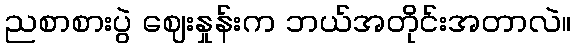
ညစာစားပွဲ ဈေးနှုန်းက ဘယ်အတိုင်းအတာလဲ။